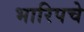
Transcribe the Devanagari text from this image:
भारिपचे